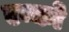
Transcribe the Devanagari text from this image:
एन्को